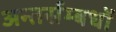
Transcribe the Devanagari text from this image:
अन्तर्सम्बधों